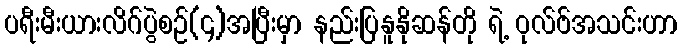
ပရီးမီးယားလိဂ်ပွဲစဉ်(၄)အပြီးမှာ နည်းပြနူနိုဆန်တို ရဲ့ ဝုလ်ဗ်အသင်းဟာ